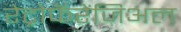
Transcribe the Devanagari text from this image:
रेट्रोफॅरेंजिअल